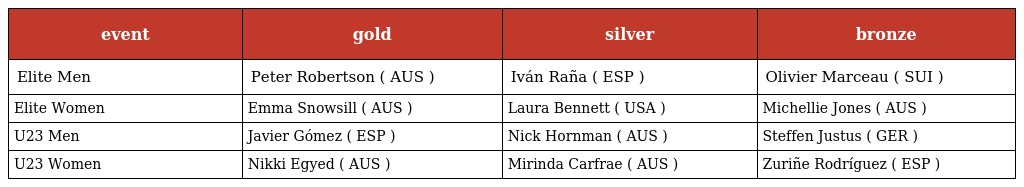
| event | gold | silver | bronze |
 | --- | --- | --- | --- |
 | Elite Men | Peter Robertson ( AUS ) | Iván Raña ( ESP ) | Olivier Marceau ( SUI ) |
 | Elite Women | Emma Snowsill ( AUS ) | Laura Bennett ( USA ) | Michellie Jones ( AUS ) |
 | U23 Men | Javier Gómez ( ESP ) | Nick Hornman ( AUS ) | Steffen Justus ( GER ) |
 | U23 Women | Nikki Egyed ( AUS ) | Mirinda Carfrae ( AUS ) | Zuriñe Rodríguez ( ESP ) |